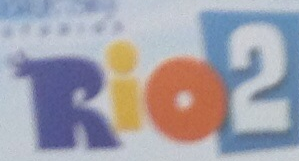
Rio2